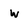
Character: w